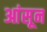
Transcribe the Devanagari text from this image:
आंसून